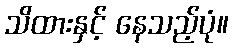
သိထားနှင့် နေသည့်ပုံ။